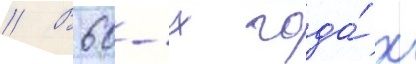
// В 60-х года́х